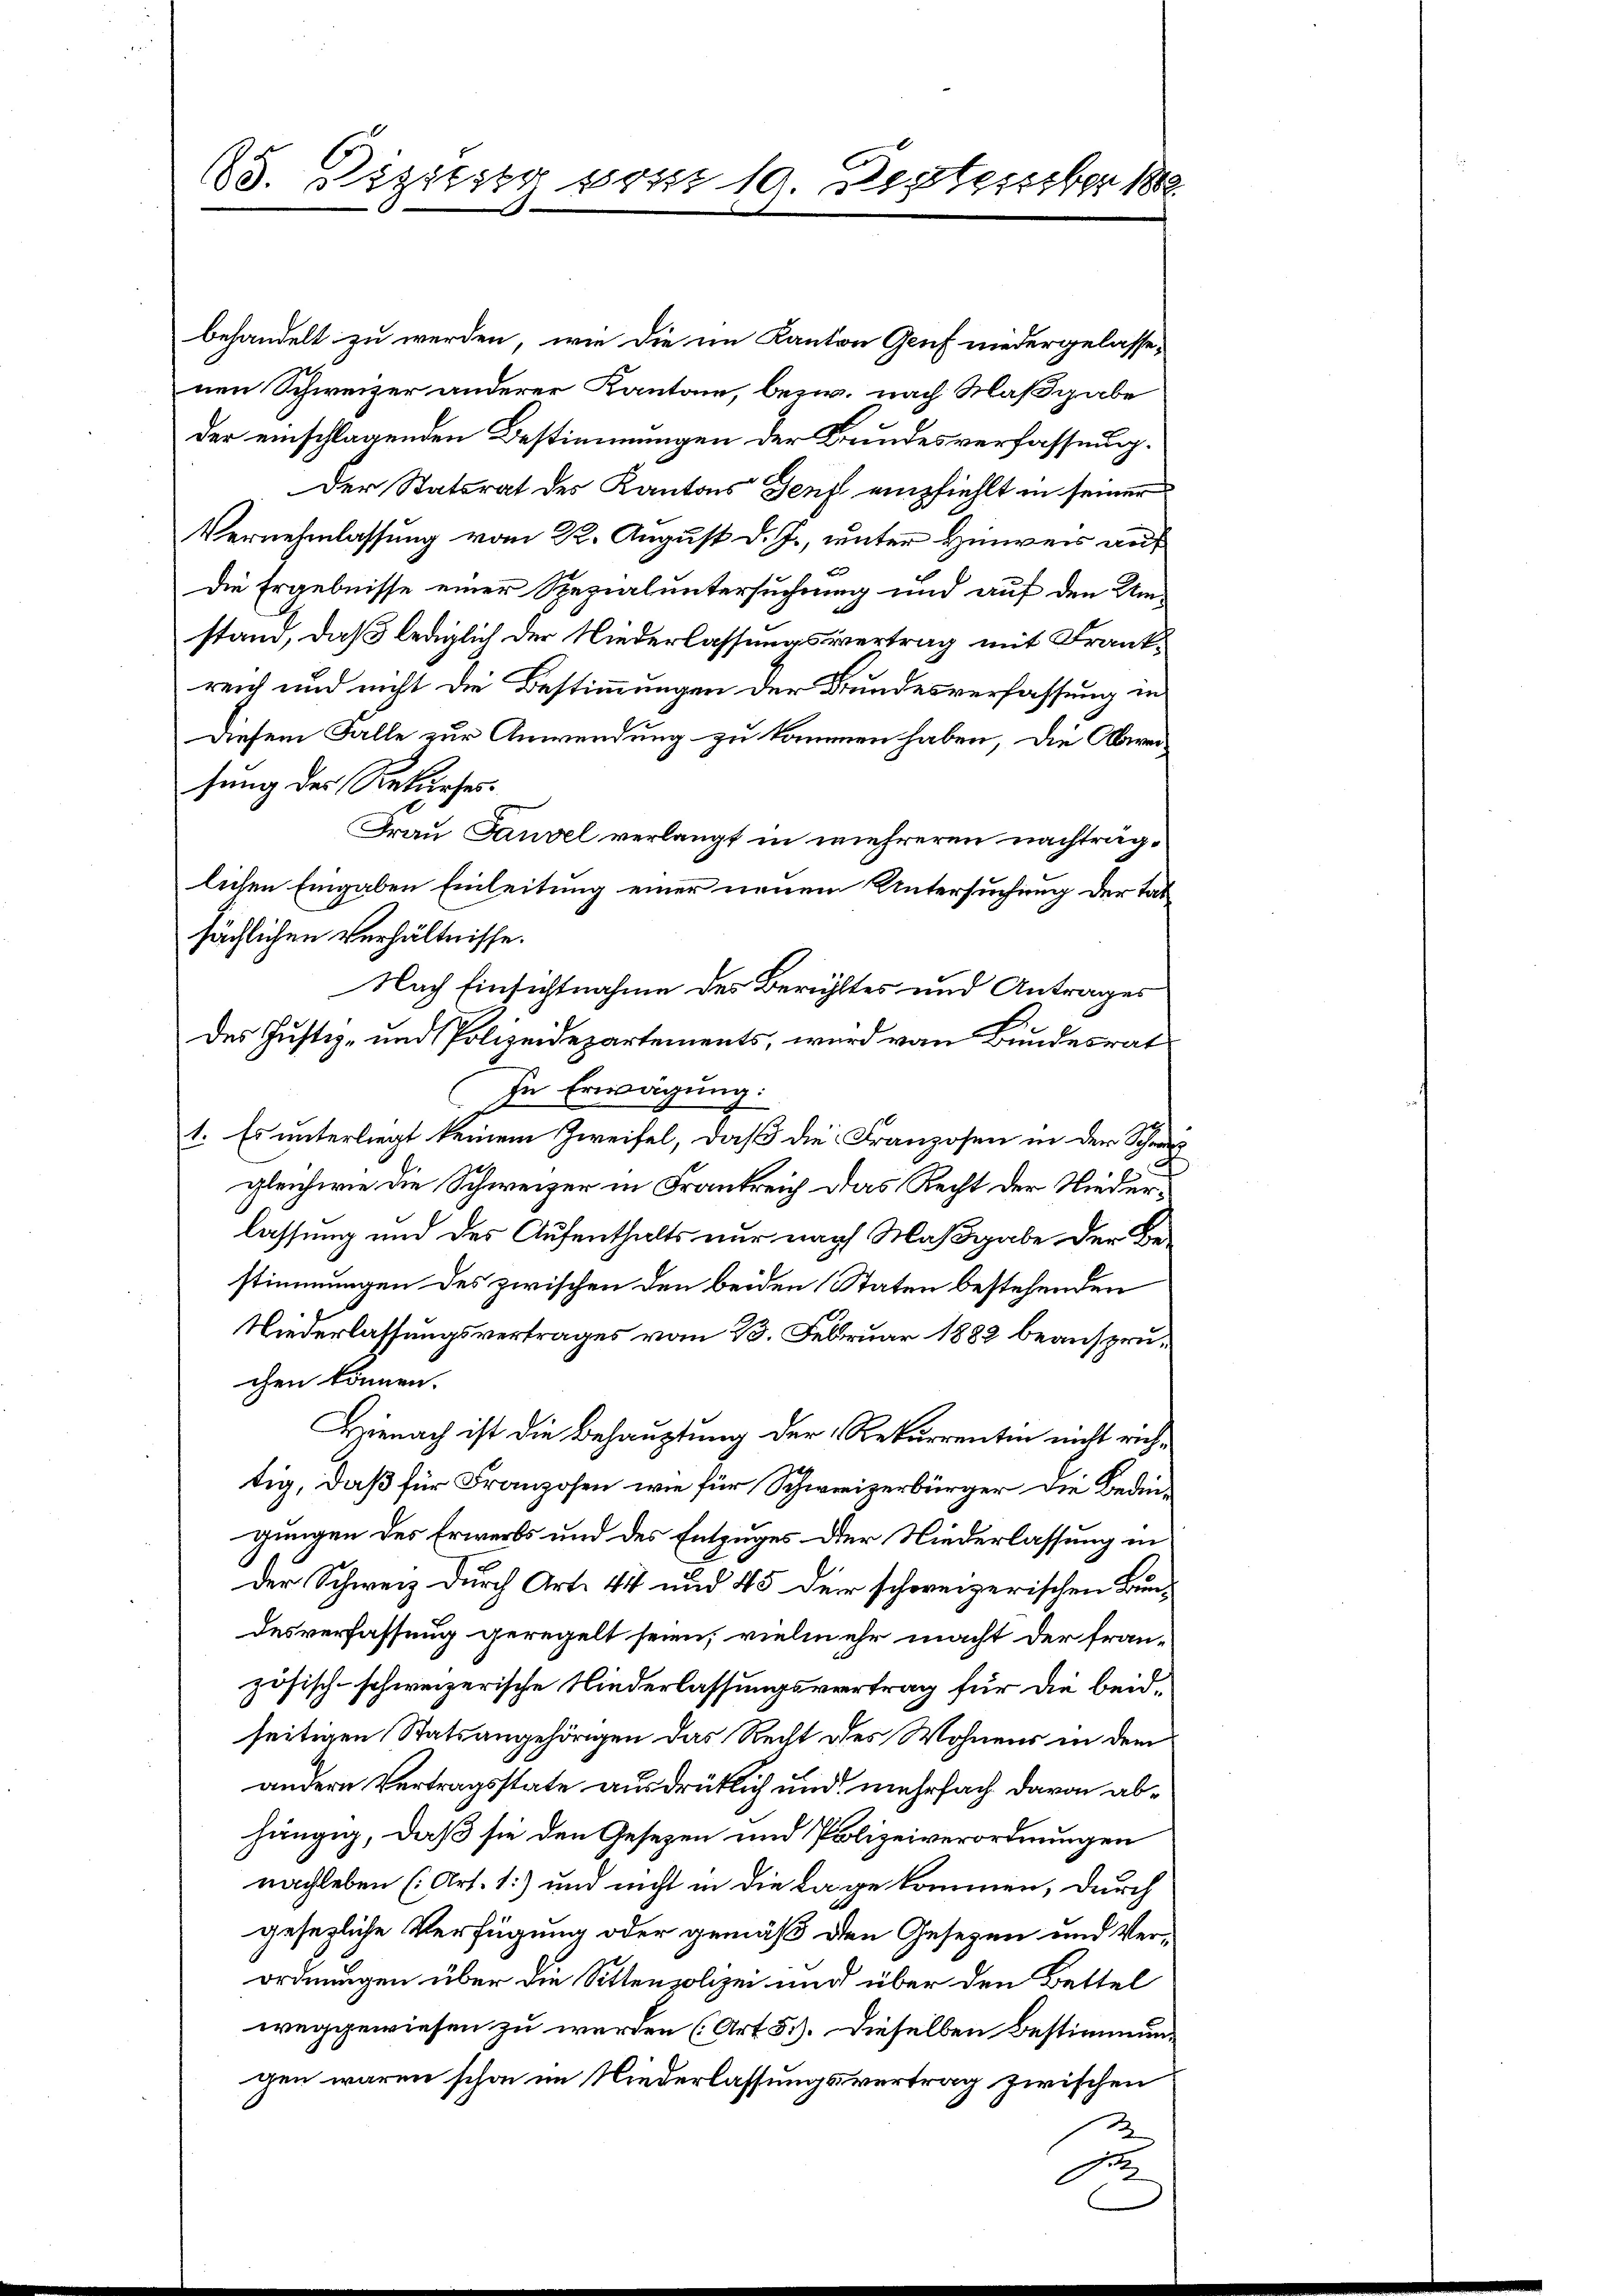
65. Rigister von 10 September 1882
.

behandelt zu werden, wie die im Kanton Genf niedergelasse,
nen Schweizer anderer Kantone, bezw. nach Maßgabe
der einschlagenden Bestimmungen der Bundesverfassung.
Der Statsrat des Kantons Genf empfiehlt in seiner
Vernehmlassung vom 22. August d. J., unter Hinweis auf
Die Ergebnisse einer Spezialuntersuchung und auf den Umstand, daß lediglich der Niederlassungsvertrag mit Frankreich und nicht die Bestimmungen der Bundesverfassung in
Diesem Falle zur Anwendung zu kommen haben, die Abweihung der Rekurses.
Frau Gauvel verlangt in mehreren nachträglichen Eingaben Einleitung einer neuen Untersuchung der Tatsächlichen Verhältnisse.
Nach Einsichtnahme des Berühltes und Antrages
des Justiz- und Polizeidepartements, wird von Bundesrat
In Erwägung.
1. Es unterliegt keinem Zweifel, daß die Franzosen in der Schwurgleichwie die Schweizer in Frankreich das Recht der Niederlassung und des Aufenthalts nur nach Maßgabe der Bestimmungen des zwischen den beiden Staten bestehenden
Niederlassungsvertrages vom 23. Februar 1882 beanspruchen können.
Hienach ist die Behauptung der Rekurrenten nicht rechtig, daß für Franzosen wie für Schweizerbürger die Bedingungen des Erwerbs und des Entzuges der Niederlassung in
Der Schweiz durch Art. 444 und 45 der schweizerischen Bundesverfassung geregelt seien, vielmehr macht der französisch-schweizerische Niederlassungsvertrag für die beid
seitigen Statsangehörigen das Recht des Wohnens in dem
andern Vertragsstate ausdrüklich und mehrfach davon abhängig, daß sie den Gesezen und Polizeiverordnungen
nachleben (Art. 1) und nicht in die Lage kommen, durch
gesezliche Verfügung oder gemäß den Gesetzen und Verordnungen über die Sittenpolizei und über den Bettel
weggewiesen zu werden (Art. 51). Dieselben Bestimmungen waren schon im Niederlassungsvertrag zwischen
d